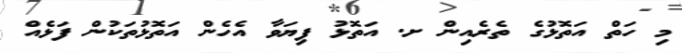
މި ހަތް އަތޮޅުގެ ތެރެއިން ށ. އަތޮޅު ފިޔަވާ އެހެން އަތޮޅުތަކުން ފަޅެއް